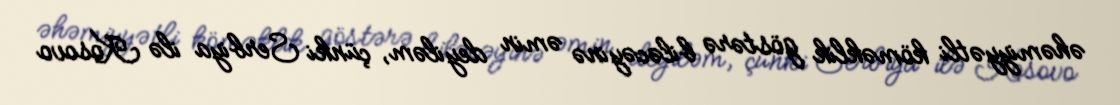
əhəmiyyətli köməklik göstərə biləcəyinə əmin deyiləm, çünki Serbiya ilə Kosovo